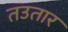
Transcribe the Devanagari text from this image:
तउतार